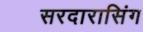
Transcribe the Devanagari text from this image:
सरदारासिंग